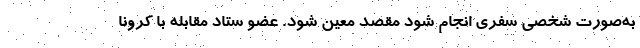
به‌صورت شخصی سفری انجام شود مقصد معین شود. عضو ستاد مقابله با کرونا